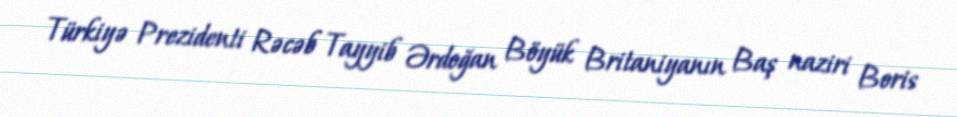
Türkiyə Prezidenti Rəcəb Tayyib Ərdoğan Böyük Britaniyanın Baş naziri Boris